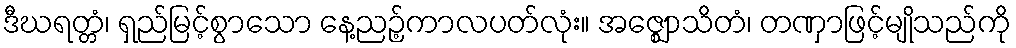
ဒီဃရတ္တံ၊ ရှည်မြင့်စွာသော နေ့ညဉ့်ကာလပတ်လုံး။ အဇ္ဈောသိတံ၊ တဏှာဖြင့်မျိုသည်ကို